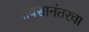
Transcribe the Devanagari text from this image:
पावसानंतरचा